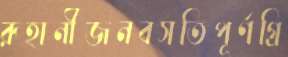
রূহানীজনবসতিপূর্ণগ্রি